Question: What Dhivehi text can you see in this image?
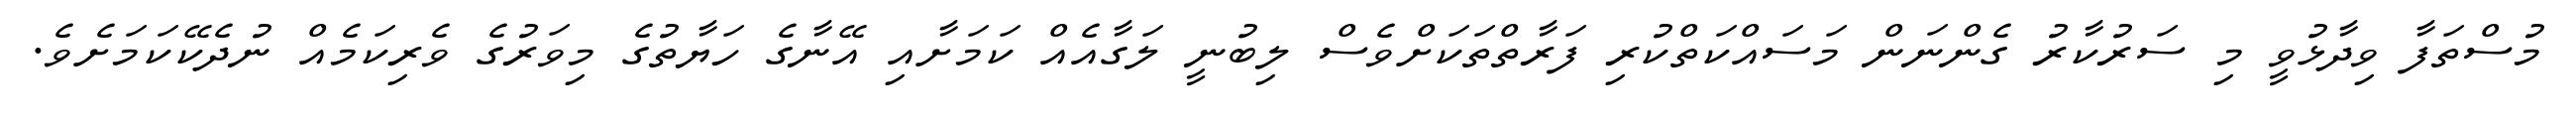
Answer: މުސްތަފާ ވިދާޅުވީ މި ސަރުކާރު ގެންނަން މަސައްކަތްކުރި ފަރާތްތަކަށްވެސް ލިބުނީ ލަގާއެއް ކަމަށާއި އޭނާގެ ހަޔާތުގެ މިވަރުގެ ވެރިކަމެއް ނުދެކޭކަމަށެވެ.